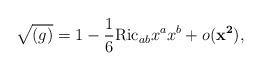
LaTeX: \begin{align*}\sqrt{(g)} = 1 - \frac{1}{6} \mathrm{Ric}_{ab} x^{a} x^{b} + o({\mathbf{x^{2}}}),\end{align*}